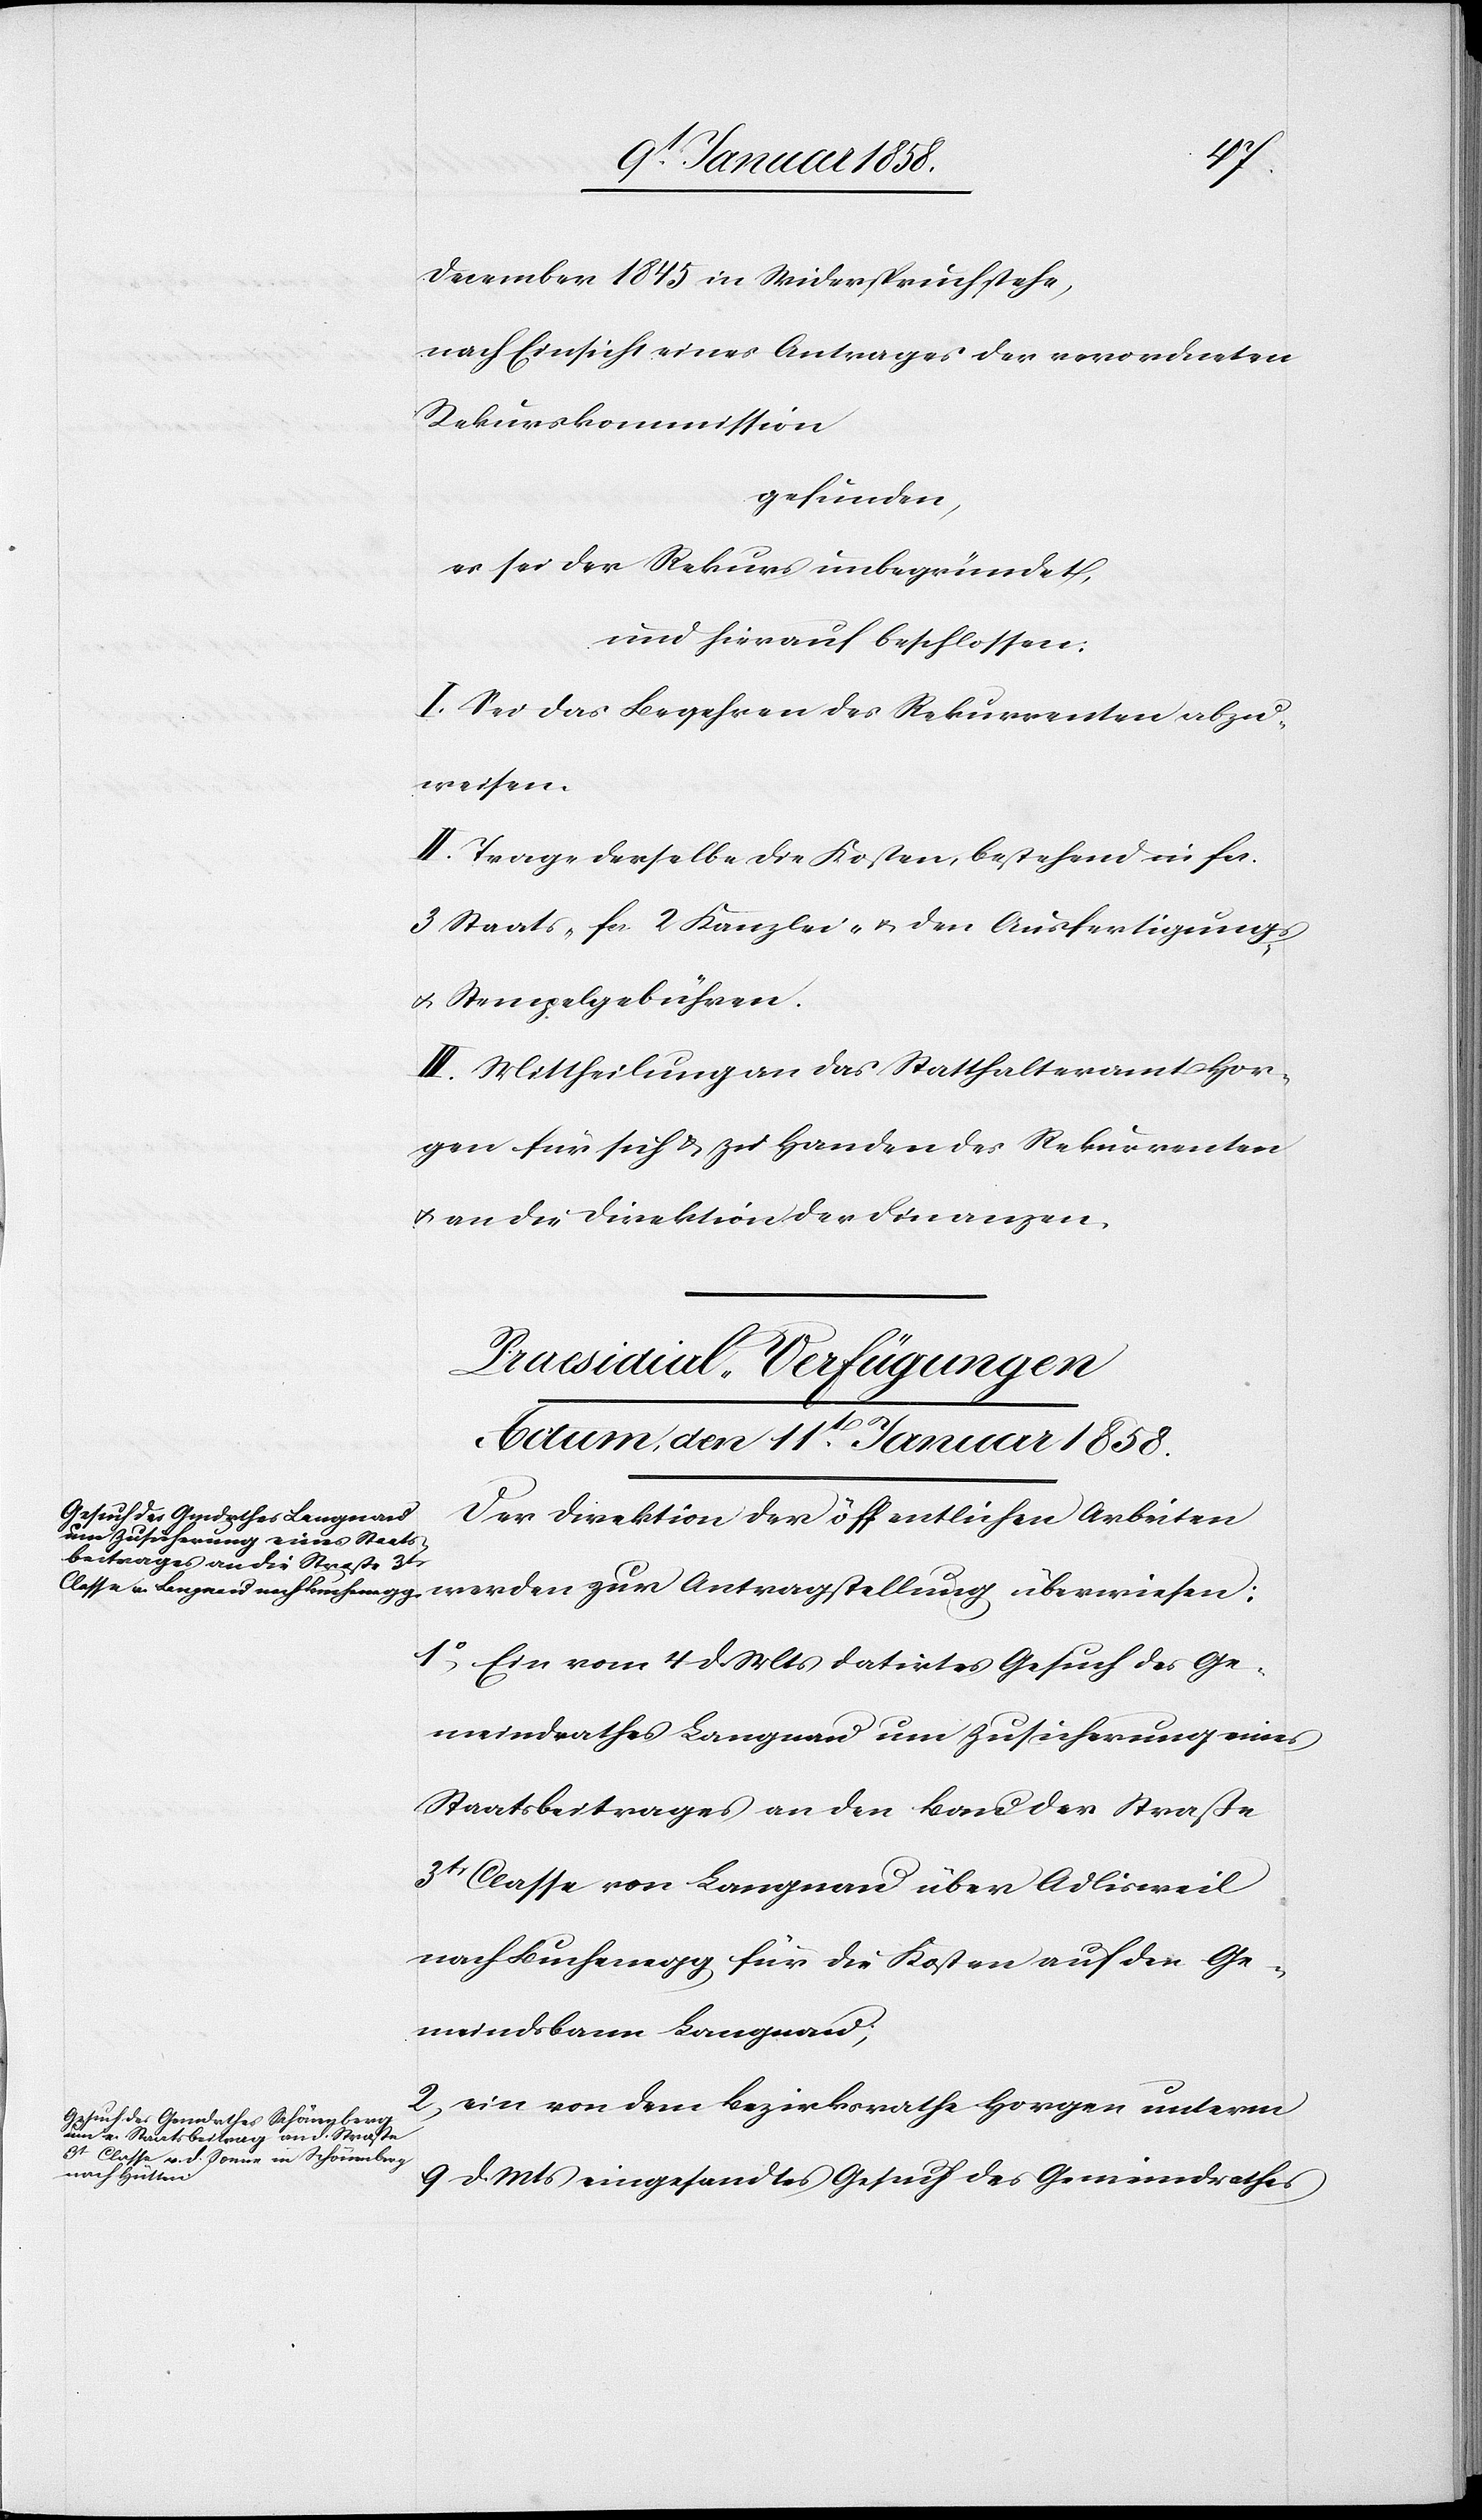
December 1845 in Widerspruch stehe,
nach Einsicht eines Antrages der verordneten
Rekurskommission
gefunden,
es sei der Rekurs unbegründet,
und hierauf beschlossen:
I. Sei das Begehren des Rekurrenten abzu¬
weisen.
II. Trage derselbe die Kosten, bestehend in fcs.
3 Staats- fcs. 2 Kanzlei- u. den Ausfertigungs-
u. Stempelgebühren.
III. Mittheilung an das Statthalteramt Hor¬
gen für sich u. zu Handen des Rekurrenten
u. an die Direktion der Finanzen.
[Praesidial-Verfügungen
Actum, den 11t. Januar 1858.]
Der Direktion der öffentlichen Arbeiten
1o, Ein vom 4 d. Mts datirtes Gesuch des Ge¬
meindrathes Langnau um Zusicherung eines
Staatsbeitrages an den Bau der Straße
3t. Classe von Langnau über Adlisweil
nach Buchenegg für die Kosten auf den Ge¬
meindsbann Langnau;
2, ein von dem Bezirksrathe Horgen unterm
9 d. Mts eingesandtes Gesuch des Gemeindrathes